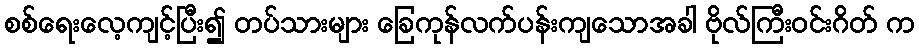
စစ်ရေးလေ့ကျင့်ပြီး၍ တပ်သားများ ခြေကုန်လက်ပန်းကျသောအခါ ဗိုလ်ကြီးဝင်းဂိတ် က